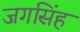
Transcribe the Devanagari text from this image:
जगसिंह